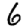
Digit: 6